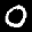
Label: 0